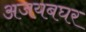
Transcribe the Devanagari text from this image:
अजयबघर